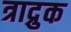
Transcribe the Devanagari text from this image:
त्राद्रुक